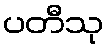
ပတီသု